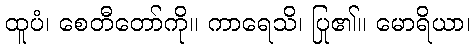
ထူပံ၊ စေတီတော်ကို။ ကာရေသိ၊ ပြု၏။ မောရိယာ၊